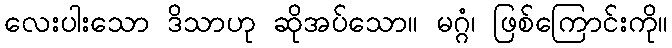
လေးပါးသော ဒိသာဟု ဆိုအပ်သော။ မဂ္ဂံ၊ ဖြစ်ကြောင်းကို။